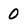
Character: O